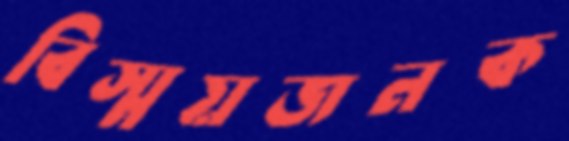
বিস্ময়জনক